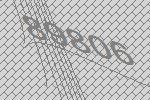
89806